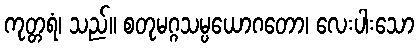
ကုတ္တရံ၊ သည်။ စတုမဂ္ဂသမ္ပယောဂတော၊ လေးပါးသော